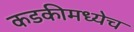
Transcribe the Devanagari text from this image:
कडकीमध्येच